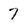
Character: 7